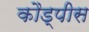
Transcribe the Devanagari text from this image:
कौड्पीस